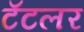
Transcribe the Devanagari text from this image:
टॅटलर